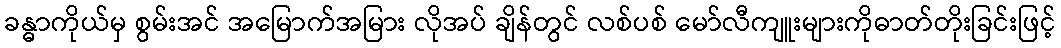
ခန္ဓာကိုယ်မှ စွမ်းအင် အမြောက်အမြား လိုအပ် ချိန်တွင် လစ်ပစ် မော်လီကျူးများကိုဓာတ်တိုးခြင်းဖြင့်